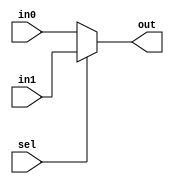
// 2016.06.15
// Project      : SIDE MIPS
//(Single Instruction Issue Dynamic Schedule Out-of-order execution  MIPS Processor)
// Creator(s)   : Yang, Yu-Xiang (M10412034@yuntech.edu.tw)
// 
//
//
//  Description: 
//  
//
module Mux2 #(parameter WIDTH = 32)(
input sel,
input[(WIDTH-1):0]in0,in1,
output[(WIDTH-1):0]out
);

assign out = (sel) ? in1 : in0;

endmodule